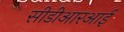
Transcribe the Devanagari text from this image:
सीडीआरआई